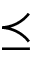
\preceq